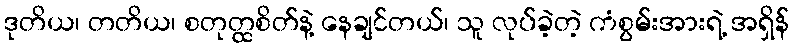
ဒုတိယ၊ တတိယ၊ စတုတ္ထစိတ်နဲ့ နေချင်တယ်၊ သူ လုပ်ခဲ့တဲ့ ကံစွမ်းအားရဲ့ အရှိန်